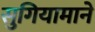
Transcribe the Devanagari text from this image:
सुगियामाने